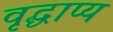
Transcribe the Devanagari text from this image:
वृद्धाप्य